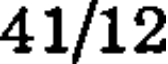
41/12